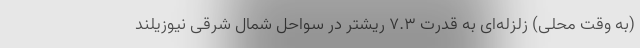
(به وقت محلی) زلزله‌ای به قدرت ۷.۳ ریشتر در سواحل شمال شرقی نیوزیلند